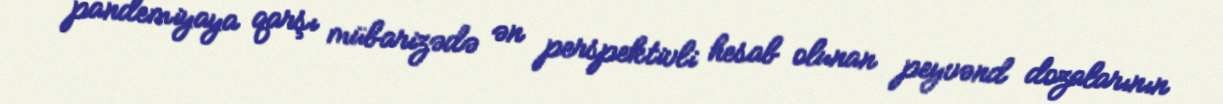
pandemiyaya qarşı mübarizədə ən perspektivli hesab olunan peyvənd dozalarının